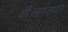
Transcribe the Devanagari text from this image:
थी।मंगलवार